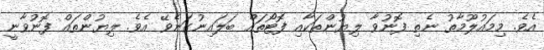
އެވެ. މިމައުލޫމާތު ނެތި ފޮނުވާ ލިޔުންތަކާއި ފޮޓޯތައް ބަލައިނުގަނެވޭ އެވެ. ލިޔުންތައް ފޮނުވާނީ